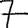
Digit: 7